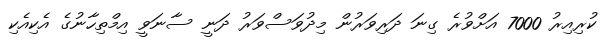
ކުރިއިރު 7000 އަށްވުރެ ގިނަ ދަރިވަރުން މިދުވަސްވަރު ދަނީ ސާނަވީ އިމްތިހާނުގެ އެކިއެކި